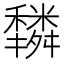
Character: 𥣿